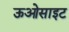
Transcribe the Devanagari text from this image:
ऊओसाइट